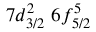
7 d _ { 3 / 2 } ^ { 2 } \, \, 6 f _ { 5 / 2 } ^ { 5 } \, \, \, \,